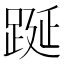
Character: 𨁆